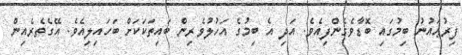
ފިރުޢައުނު ބިމުގައި ބޮޑާވެގެންފިއެވެ. އަދި އެ ބިމުގެ އަހުލުވެރިން ބައިތަކަކަށް ބަހައިލިއެވެ. އޭގެތެރެއިން